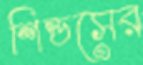
শিল্ডসের